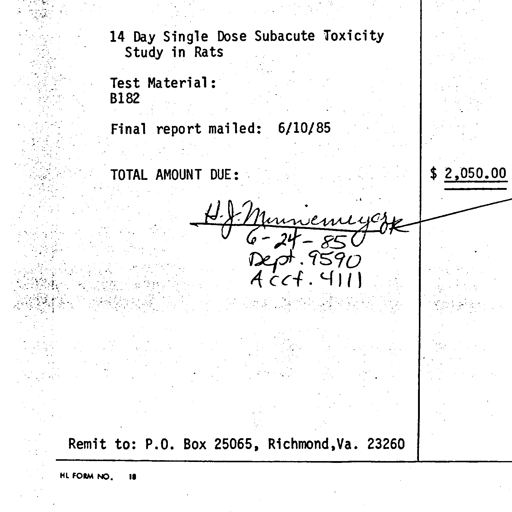
14 Day Single Dose Subacute Toxicity
Study in Rats

Test Material:
B182

Final report mailed: 6/10/85

TOTAL AMOUNT DUE: $ 2,050.00

H. J. Minnemeyer
6-24-85
Dept. 9590
Acct. 4111

Remit to: P.O. Box 25065, Richmond, Va. 23260

HL FORM NO. 18